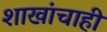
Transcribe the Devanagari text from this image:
शाखांचाही